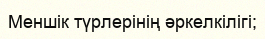
Меншік түрлерінің әркелкілігі;